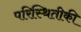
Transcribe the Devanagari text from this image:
परिस्थितीकी